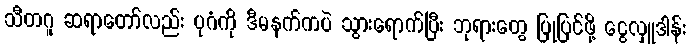
သီတဂူ ဆရာတော်လည်း ပုဂံကို ဒီမနက်ကပဲ သွားရောက်ပြီး ဘုရားတွေ ပြုပြင်ဖို့ ငွေလှူဒါန်း